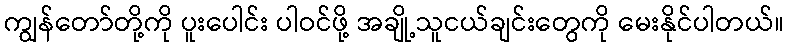
ကျွန်တော်တို့ကို ပူးပေါင်း ပါဝင်ဖို့ အချို့သူငယ်ချင်းတွေကို မေးနိုင်ပါတယ်။